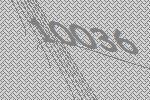
10036